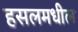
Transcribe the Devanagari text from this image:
हसलमधील